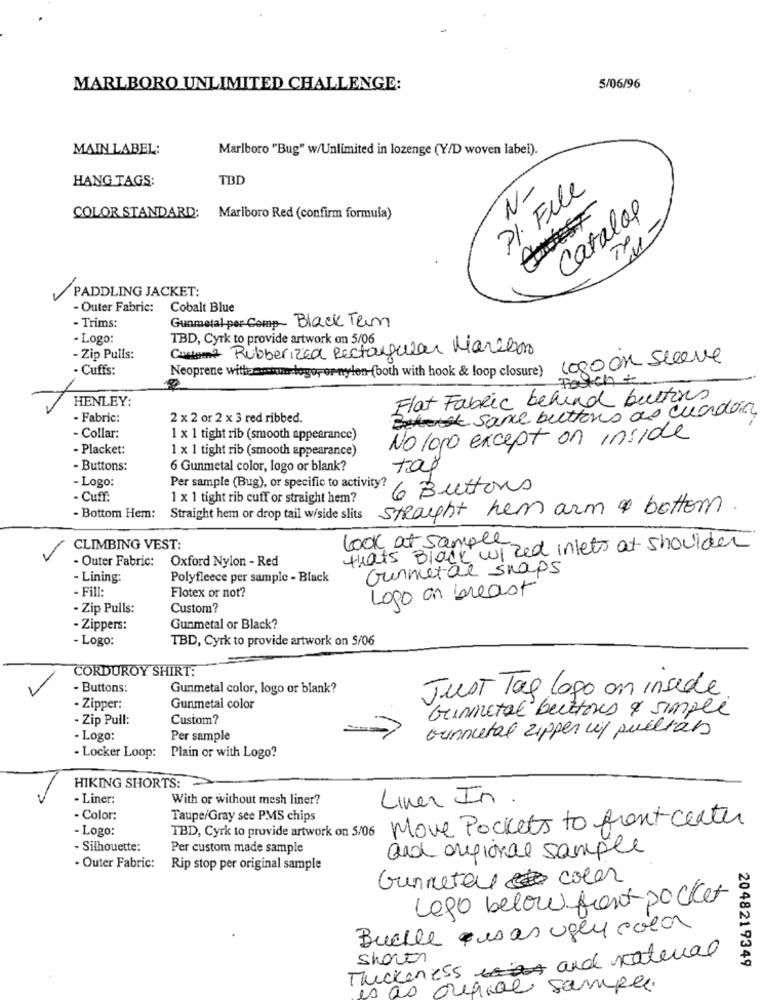
MARLBORO UNLIMITED CHALLENGE:
5/06/96
MAIN LABEL:
Marlboro "Bug" w/Unlimited in lozenge (Y/D woven label).
HANG TAGS:
TBD
N-
PI. File
Catalog
COLOR STANDARD: Marlboro Red (confirm formula)
PADDLING JACKET:
- Outer Fabric: Cobalt Blue
Gunmetal per Comp- Black Term
- Trims:
- Logo:
TBD, Cyrk to provide artwork on 5/06
Custam2 Rubberized Rectangular Marieon
-Zip Pulls:
logo on sleeve
- Cuffs:
Neoprene with aniom logo, or nylon (both with hook & loop closure)
Fach +
HENLEY:
Flat Fabric behind buttons
Bitte same buttons as cuando
- Fabric:
2 x 2 or 2 x 3 red ribbed.
- Collar:
1 x 1 tight rib (smooth appearance)
No logo except on inside
- Placket:
1 x 1 tight rib (smooth appearance)
- Buttons:
6 Gunmetal color, logo or blank?
tão
- Logo:
Per sample (Bug), or specific to activity?
6 Buttons
- Cuff:
1 x 1 tight rib cuff or straight hem?
Strought hem arm & bottom
- Bottom Hem:
Straight hem or drop tail w/side slits
look at sample
CLIMBING VEST:
that's Black wired inlets at shoulder
- Outer Fabric:
Oxford Nylon - Red
Gunmetal snaps
- Lining:
Polyfleece per sample - Black
- Fill:
Logo an breast
Flotex or not?
- Zip Pulls:
Custom?
- Zippers:
Gunmetal or Black?
- Logo:
TBD, Cyrk to provide artwork on S/06
CORDUROY SHIRT:
- Buttons:
Gunmetal color, logo or blank?
Just Tag Logo on insede
Zipper:
Gunmetal color
Gunmetal buttons & simple
- Zip Pull:
Custom?
Gunnutal zipper up pueltas
- Logo:
Per sample
- Locker Loop:
Plain or with Logo?
HIKING SHORTS: >
- Liner:
With or without mesh liner?
Liver In
- Color:
Taupe/Gray see PMS chips
Move Pockets to front center
- Logo:
TBD, Cyrk to provide artwork on 5/06
- Silhouette:
Per custom made sample
and oregional sample
. Outer Fabric: Rip stop per original sample
Gunmetal color
Lego below front pocket
Buelle ces as ugly color
Thickness and natural
shower
2048219349
es as origine sampa.